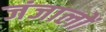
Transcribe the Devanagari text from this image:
जंजालों